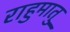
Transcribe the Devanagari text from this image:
राहुमातु